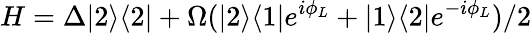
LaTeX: H=\Delta|2\rangle\langle 2|+\Omega(|2\rangle\langle 1|e^{i\phi_{L}}+|1\rangle\langle 2|e^{-i\phi_{L}})/2